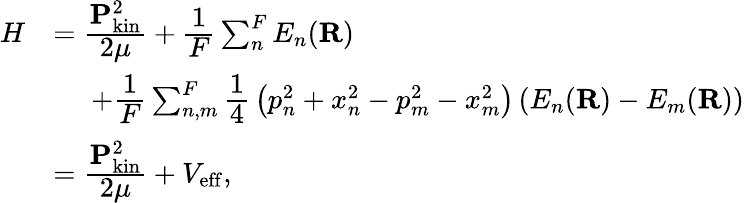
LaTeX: \begin{array}{rl}{H}&{=\cfrac{\mathbf{P}_{\mathrm{kin}}^{2}}{2\mu}+\cfrac{1}{F}\sum_{n}^{F}E_{n}(\mathbf{R})}\\ &{\, \, \, \, \, \, \, \, +\cfrac{1}{F}\sum_{n,m}^{F}\cfrac{1}{4}\, \left(p_{n}^{2}+x_{n}^{2}-p_{m}^{2}-x_{m}^{2}\right)\left(E_{n}(\mathbf{R})-E_{m}(\mathbf{R})\right)}\\ &{=\cfrac{\mathbf{P}_{\mathrm{kin}}^{2}}{2\mu}+V_{\mathrm{eff}},}\end{array}